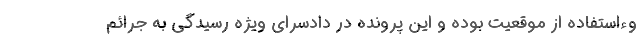
وءاستفاده از موقعیت بوده و این پرونده در دادسرای ویژه رسیدگی به جرائم